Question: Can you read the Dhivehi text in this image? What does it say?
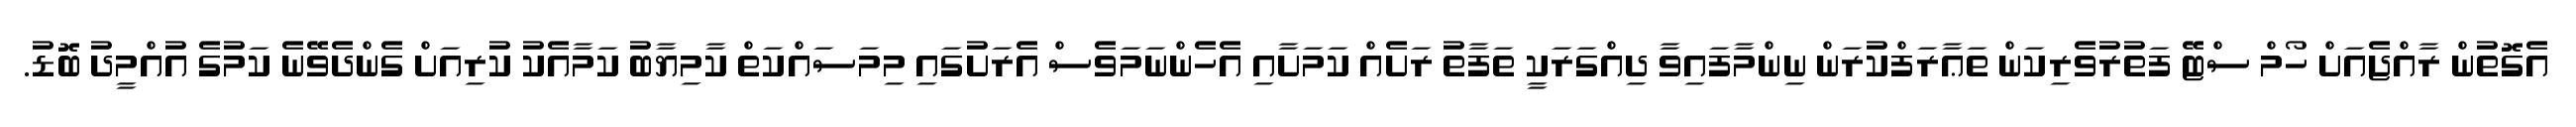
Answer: އެގޮތުން ރާއްޖެއަށް ހޯމް ސްޓޭ ފަތުރުވެރިކަން ތަޢާރަފްކުރަން ނިންމާފައިވާ ދިއްގަރަކީ ތަފާތު ރަށެއް ކަމަށާއި އެހެންނަމަވެސް އެރަށުގައި މިމަސައްކަތް ކާމިޔާބު ކަމާއެކު ކުރިއަށް ގެންދެވޭނެ ކަމުގެ އުއްމީދު ބޮޑު.